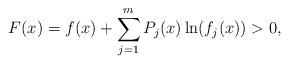
LaTeX: \begin{align*}F(x)=f(x)+\sum\limits_{j=1}^{m}P_{j}(x)\ln\!\left(f_{j}(x)\right) > 0,\end{align*}